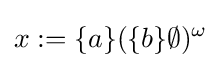
x:=\{a\}(\{b\}\emptyset )^{\omega }